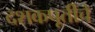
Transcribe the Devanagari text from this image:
दशकपूर्तीचे